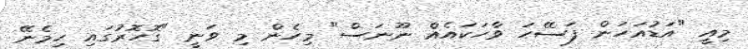
މިއީ "އަޑުއަހަން ފަސޭހަ ވާހަކައެއް ނޫނަސް" މިހެން މި ވަނީ "ގޮހޮރުގައި ހިމެނޭ